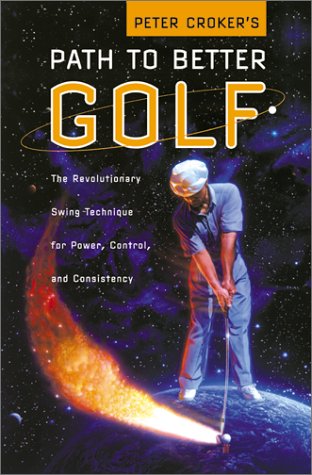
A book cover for Peter Croker's Path To Better Golf: The Revolutionary Swing Technique for Power, Control, and Consistency; Peter Croker; Sports & Outdoors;